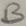
Text: B